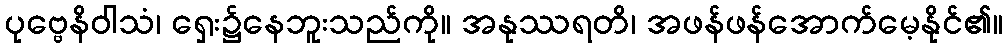
ပုဗ္ဗေနိဝါသံ၊ ရှေး၌နေဘူးသည်ကို။ အနုဿရတိ၊ အဖန်ဖန်အောက်မေ့နိုင်၏။